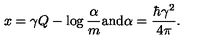
x = \gamma Q - \log \frac { \alpha } { m } \mathrm { a n d } \alpha = \frac { \hbar \gamma ^ { 2 } } { 4 \pi } .